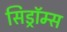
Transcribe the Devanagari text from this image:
सिड्रॉम्स